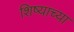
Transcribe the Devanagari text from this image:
शिष्याच्या